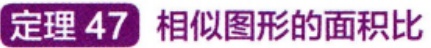
定理 47 相似图形的面积比